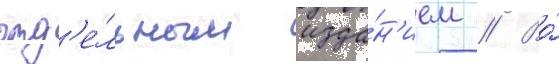
отд'е́льным изда́н'ием // Во́